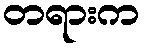
တရားက